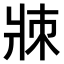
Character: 𤕹